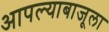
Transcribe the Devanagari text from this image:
आपल्याबाजूला